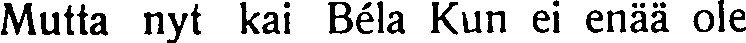
Mutta nyt kai Béla Kun ei enää ole